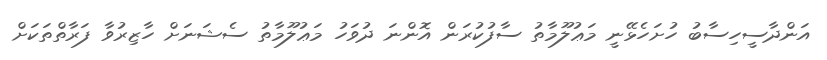
އަންދާސީހިސާބު ހުށަހެޅޭނީ މަޢުލޫމާތު ސާފުކުރަން އޮންނަ ދުވަހު މަޢުލޫމާތު ސެޝަނަށް ހާޒިރުވާ ފަރާތްތަކަށް